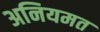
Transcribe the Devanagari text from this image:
अनियमत